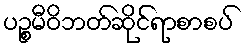
ပဉ္စမီဝိဘတ်ဆိုင်ရာစာစပ်